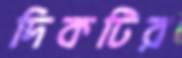
দিকটির